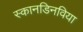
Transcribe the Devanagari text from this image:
स्कानडिनविया